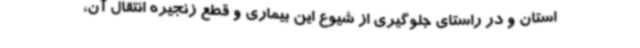
استان و در راستای جلوگیری از شیوع این بیماری و قطع زنجیره انتقال آن،